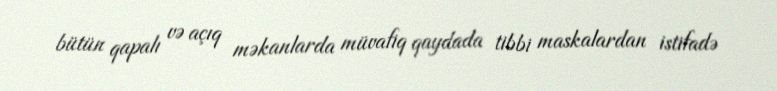
bütün qapalı və açıq məkanlarda müvafiq qaydada tibbi maskalardan istifadə